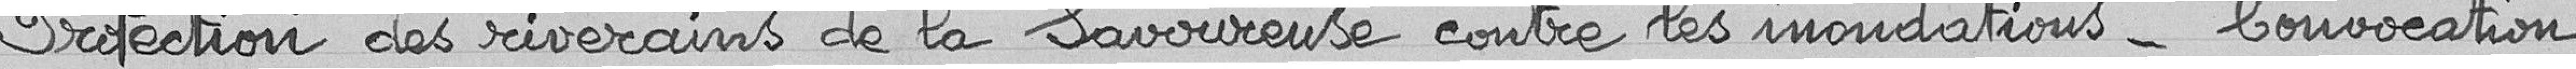
Protection des riverains de la Savoureuse contre les inondations - Convocation